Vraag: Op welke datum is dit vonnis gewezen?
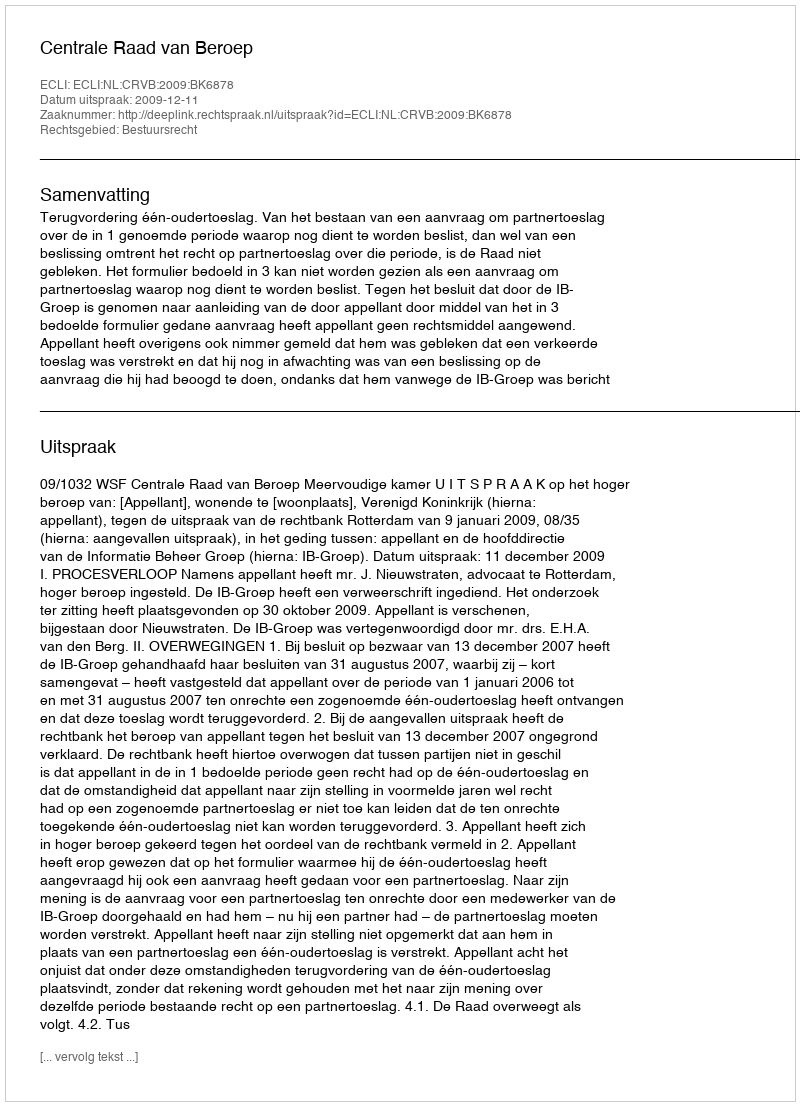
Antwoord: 2009-12-11